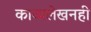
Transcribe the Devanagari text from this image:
काव्यलेखनही